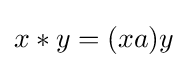
x*y=(xa)y